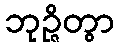
ဘုဉ္ဇိတွာ